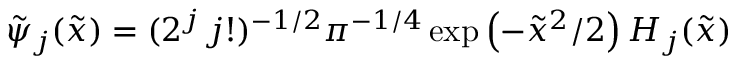
\tilde { \psi } _ { j } ( \tilde { x } ) = ( 2 ^ { j } \, j ! ) ^ { - 1 / 2 } \pi ^ { - 1 / 4 } \exp \left( - \tilde { x } ^ { 2 } / 2 \right) H _ { j } ( \tilde { x } )